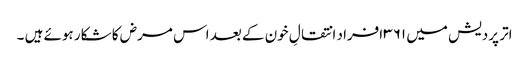
اتر پردیش میں ۳۶۱ افراد انتقالِ خون کے بعد اس مرض کا شکار ہوئے ہیں ۔